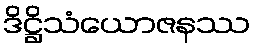
ဒိဋ္ဌိသံယောဇနဿ